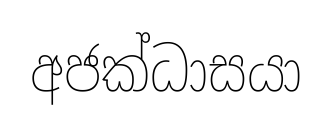
අජක්ධාසයා